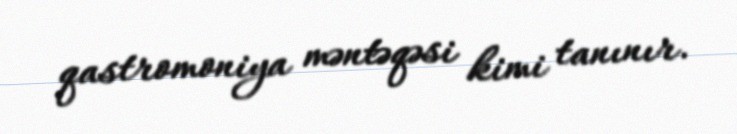
qastromoniya məntəqəsi kimi tanınır.